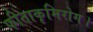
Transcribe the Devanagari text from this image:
फीताकृमिरोग।